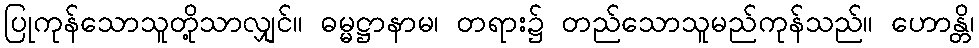
ပြုကုန်သောသူတို့သာလျှင်။ ဓမ္မဋ္ဌာနာမ၊ တရား၌ တည်သောသူမည်ကုန်သည်။ ဟောန္တိ၊